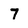
Character: 7